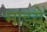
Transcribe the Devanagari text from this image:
माझ्ये